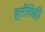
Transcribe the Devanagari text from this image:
हत्तींचेही